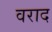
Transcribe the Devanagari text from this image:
वराद